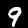
Digit: 9